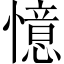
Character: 憶